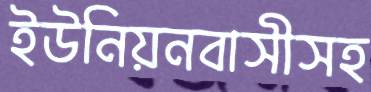
ইউনিয়নবাসীসহ